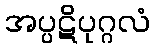
အပ္ပဋိပုဂ္ဂလံ